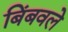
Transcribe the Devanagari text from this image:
बिंबवले